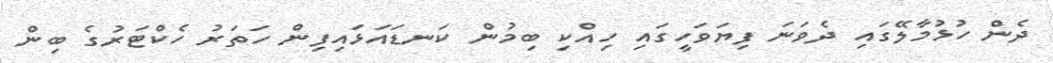
ދެން ހުޅުމާލޭގައި ދެވަނަ ފިޔަވަހީގައި ހިއްކި ބިމުން ކަނޑައަޅައިފިން ހަތަރު ހެކްޓަރުގެ ބިން